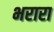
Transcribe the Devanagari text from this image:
भरारा